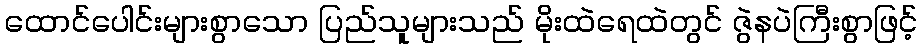
ထောင်ပေါင်းများစွာသော ပြည်သူများသည် မိုးထဲရေထဲတွင် ဇွဲနပဲကြီးစွာဖြင့်